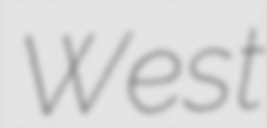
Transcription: West